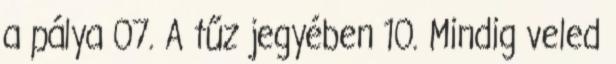
a pálya 07. A tűz jegyében 10. Mindig veled